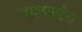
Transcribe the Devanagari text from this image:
पालकांत